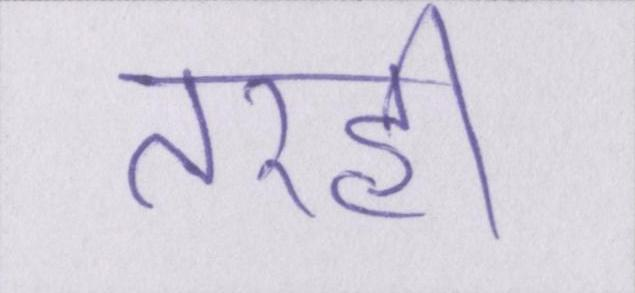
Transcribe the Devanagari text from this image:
तरही